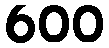
600